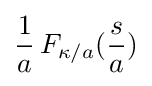
{\frac {1}{a}}\,F_{\kappa /a}({\frac {s}{a}})